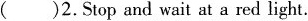
( )2.Stop and wait at a red light.